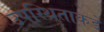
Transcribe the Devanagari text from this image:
उपस्थिताकडे